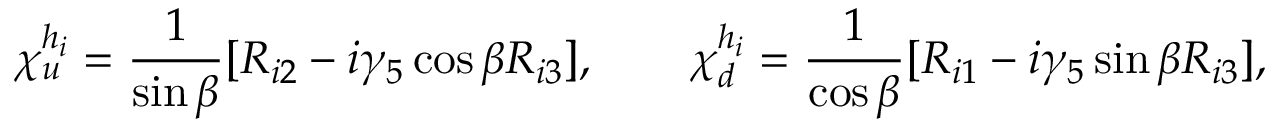
\chi _ { u } ^ { h _ { i } } = \frac { 1 } { \sin \beta } [ R _ { i 2 } - i \gamma _ { 5 } \cos \beta R _ { i 3 } ] , \qquad \chi _ { d } ^ { h _ { i } } = \frac { 1 } { \cos \beta } [ R _ { i 1 } - i \gamma _ { 5 } \sin \beta R _ { i 3 } ] ,